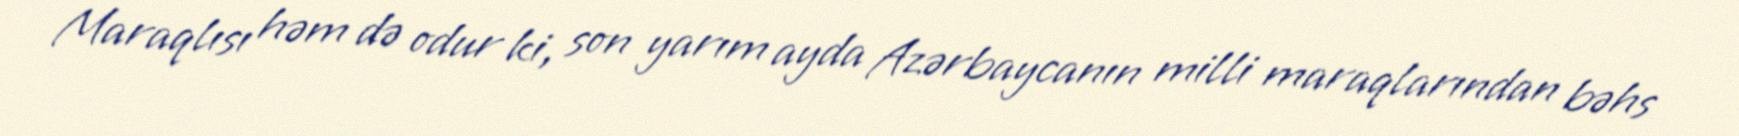
Maraqlısı həm də odur ki, son yarım ayda Azərbaycanın milli maraqlarından bəhs